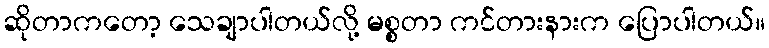
ဆိုတာကတော့ သေချာပါတယ်လို့ မစ္စတာ ကင်တားနားက ပြောပါတယ်။